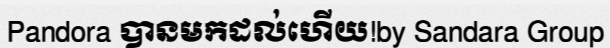
Pandora បានមកដល់ហើយ!by Sandara Group